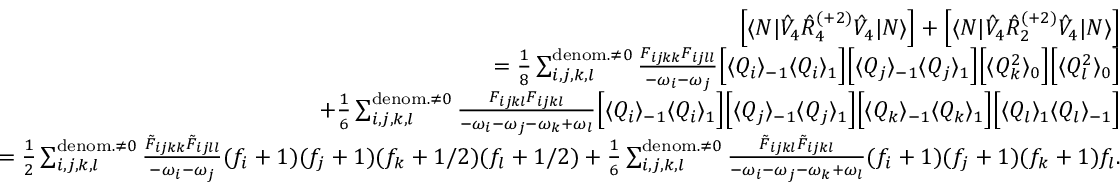
\begin{array} { r l r } & { } & { \left[ \langle N | \hat { V } _ { 4 } \hat { R } _ { 4 } ^ { ( + 2 ) } \hat { V } _ { 4 } | N \rangle \right] + \left[ \langle N | \hat { V } _ { 4 } \hat { R } _ { 2 } ^ { ( + 2 ) } \hat { V } _ { 4 } | N \rangle \right] } \\ & { } & { = \frac { 1 } { 8 } \sum _ { i , j , k , l } ^ { { \mathrm { d e n o m . } \neq 0 } } \frac { F _ { i j k k } F _ { i j l l } } { - \omega _ { i } - \omega _ { j } } \Big [ \langle Q _ { i } \rangle _ { - 1 } \langle Q _ { i } \rangle _ { 1 } \Big ] \Big [ \langle Q _ { j } \rangle _ { - 1 } \langle Q _ { j } \rangle _ { 1 } \Big ] \Big [ \langle Q _ { k } ^ { 2 } \rangle _ { 0 } \Big ] \Big [ \langle Q _ { l } ^ { 2 } \rangle _ { 0 } \Big ] } \\ & { } & { + \frac { 1 } { 6 } \sum _ { i , j , k , l } ^ { { \mathrm { d e n o m . } \neq 0 } } \frac { F _ { i j k l } F _ { i j k l } } { - \omega _ { i } - \omega _ { j } - \omega _ { k } + \omega _ { l } } \Big [ \langle Q _ { i } \rangle _ { - 1 } \langle Q _ { i } \rangle _ { 1 } \Big ] \Big [ \langle Q _ { j } \rangle _ { - 1 } \langle Q _ { j } \rangle _ { 1 } \Big ] \Big [ \langle Q _ { k } \rangle _ { - 1 } \langle Q _ { k } \rangle _ { 1 } \Big ] \Big [ \langle Q _ { l } \rangle _ { 1 } \langle Q _ { l } \rangle _ { - 1 } \Big ] } \\ & { } & { = \frac { 1 } { 2 } \sum _ { i , j , k , l } ^ { \mathrm { d e n o m . } \neq 0 } \frac { \tilde { F } _ { i j k k } \tilde { F } _ { i j l l } } { - \omega _ { i } - \omega _ { j } } { ( f _ { i } + 1 ) } { ( f _ { j } + 1 ) } { ( f _ { k } + 1 / 2 ) } { ( f _ { l } + 1 / 2 ) } + \frac { 1 } { 6 } \sum _ { i , j , k , l } ^ { \mathrm { d e n o m . } \neq 0 } \frac { \tilde { F } _ { i j k l } \tilde { F } _ { i j k l } } { - \omega _ { i } - \omega _ { j } - \omega _ { k } + \omega _ { l } } { ( f _ { i } + 1 ) } { ( f _ { j } + 1 ) } { ( f _ { k } + 1 ) } f _ { l } . } \end{array}